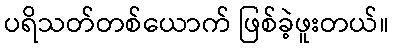
ပရိသတ်တစ်ယောက် ဖြစ်ခဲ့ဖူးတယ်။